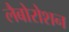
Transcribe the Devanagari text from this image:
लैबोरोशन